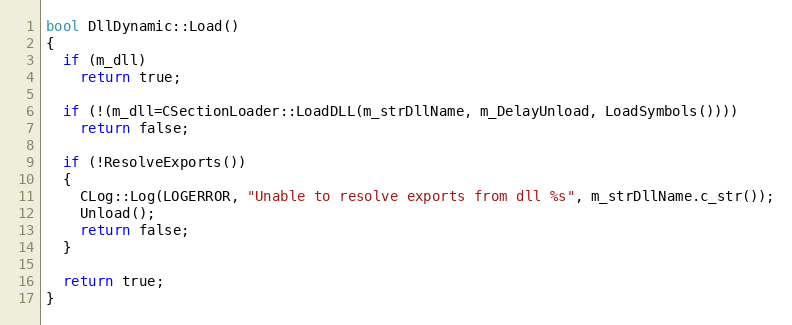
Language: C++
bool DllDynamic::Load()
{
  if (m_dll)
    return true;

  if (!(m_dll=CSectionLoader::LoadDLL(m_strDllName, m_DelayUnload, LoadSymbols())))
    return false;

  if (!ResolveExports())
  {
    CLog::Log(LOGERROR, "Unable to resolve exports from dll %s", m_strDllName.c_str());
    Unload();
    return false;
  }

  return true;
}